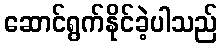
ဆောင်ရွက်နိုင်ခဲ့ပါသည်